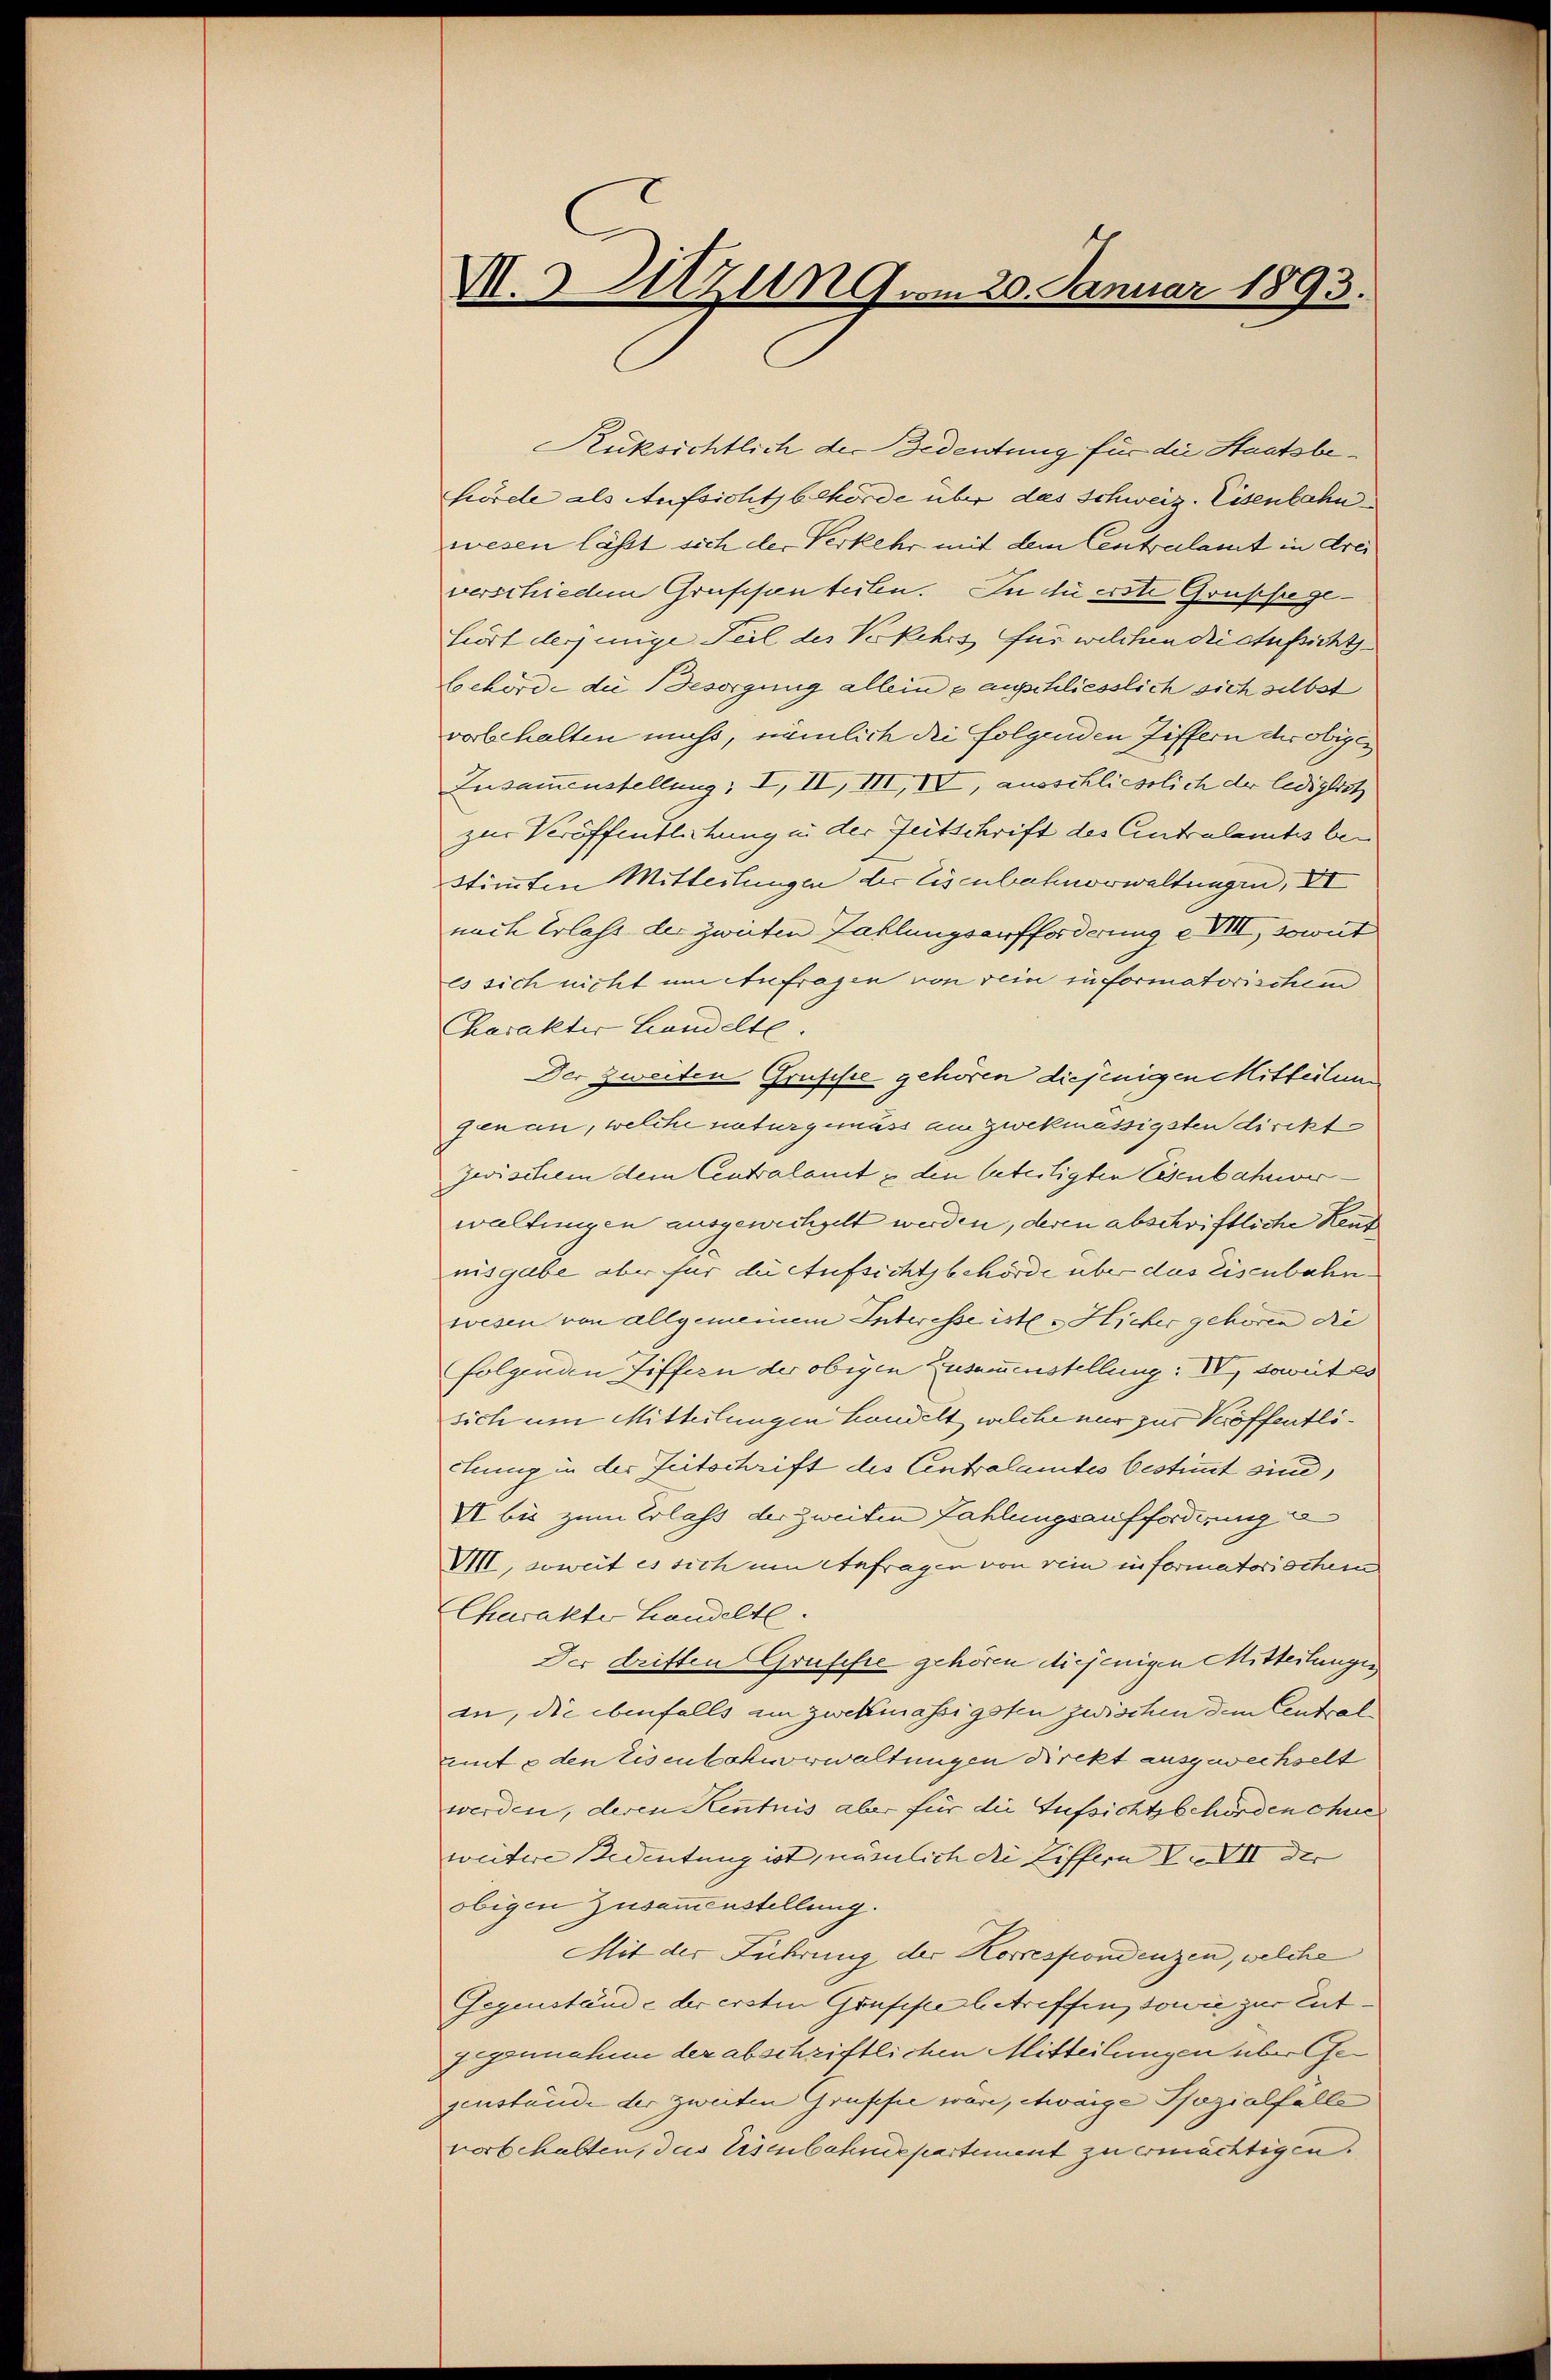
M. zung um 20. Januar 1893.

Rüksichtlich der Bedeutung für die Staatsbefurde als Aufsichtsbehörde über das Schweiz. Eisenbahn
wesen lässt sich der Verkehr mit dem Centralamt in drei
verschieden Gruffen teilen. In die erste Grußfege¬
Eiert derjenige Teil des Vorkehrs für welchen die Aufsichtsbehörde die Besorgung alleine anschliesslich sich selbst
vorbehalten muss, nämlich die folgenden Ziffern che obiges
Zusammenstellung; I, II, III, IV, ausschliesslich der lediglich
zur Veröffentlichung in der Zeitschrift des Centralents ben
stimmten Mitteilungen der Eisenbahnerwaltungen, VI
nach Erlass der zweiten Zahlungsaufforderung e VIII, soweit
Es sich nicht um Anfragen von sein in formatorischem
Charakter Handelte.
Der zweiten Grufifte gehören diejenigen Mitteilung
genau, welche naturgemäss am zwekmässigsten direktzwischem dem Centralamt & den befestigten Eisenbahnverwaltungen ausgewechselt werden, deren abschriftliche Reutnisgabe aber für die Aufsichtsbehörde über das Eisenbahnwesen von allgemeinem Interesse ist - Hicher gehören die
folgenden Ziffen der obigen Zusammenstellung: IV, soweit es
sich um Mitteilungen handelt, welche nur zur Veröffentlichung in der Zeitschrift des Centralamtes bestimmt sind,
VI bis zum Erlass der zweiten Fahlungsaufforderung d
VIII, soweit es sich um Anfragen von rein informatorischen
Charakte Handelte.
Der dritten Grufifte gehören diejenigen Mittertungen
an, die ebenfalls am zwekmässigsten zwischen dem Central
mt & den Eisenbahnerwaltungen Direkt ausgewechselt
werden, deren Kenntnis aber für die Aufsichtsbehörden chue
weitere Bedeutung ist, nämmlich die Ziffern XXXII der |
obigen Zusammenstellung.
Mit der Führung der Korrespondenzen, welche
Gegenstände der ersten Gruppe betreffen, sowie zur Ent¬
Zegennahme der abschriftlichen Mitteilungen über Gegenstände der zweiten Gruppe wäre, etwaige Spezialfälle
vorbehalten, das Eisenbahndepartement zu ermächtigen.